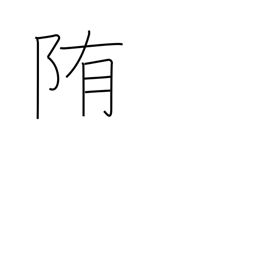
Meaning: wrap